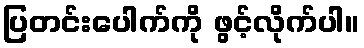
ပြတင်းပေါက်ကို ဖွင့်လိုက်ပါ။